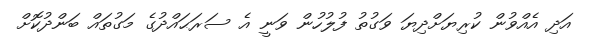
އަދި އެއްވުން ކުރިޔަށްދިޔަ ވަގުތު ފުލުހުން ވަނީ އެ ސަރަޙައްދުގެ މަގުތައް ބަންދުކޮށް